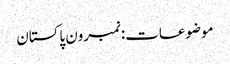
موضوعات:نمبرون پاکستان